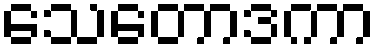
သေတောဒကာ